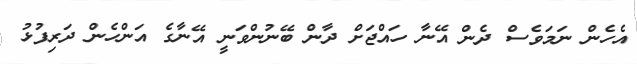
އެހެން ނަމަވެސް ދެން އޭނާ ހައްޖަށް ދާން ބޭނުންވަނީ އޭނާގެ އަންހެން ދަރިފުޅު